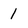
Character: 1